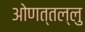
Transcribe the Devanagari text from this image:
ओणत्तल्लु